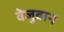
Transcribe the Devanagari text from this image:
वेजुबान